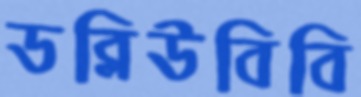
ডব্লিউবিবি